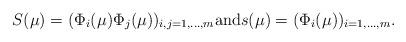
LaTeX: \begin{align*} {S}(\mu) = (\Phi_i(\mu)\Phi_j(\mu))_{i,j=1,\ldots,m} \mbox{and} {s}(\mu) = (\Phi_i(\mu))_{i=1,\ldots,m} .\end{align*}